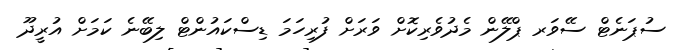
ސުޕަނެޓް ސޭވަރ ޕްލޭން މެދުވެރިކޮށް ވަރަށް ފުރިހަމަ ޑިސްކައުންޓް ލިބޭނެ ކަމަށް އުރީދޫ